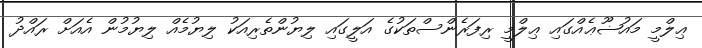
ޢިލްމީ މައުޟޫޢެއްގައި ޢިލްމީ ރިފަރެންސްތަކުގެ އަލީގައި ލިޔުންތެރިއަކު ލިޔުމެއް ލިޔުމުން އެއަށް ރައްދު